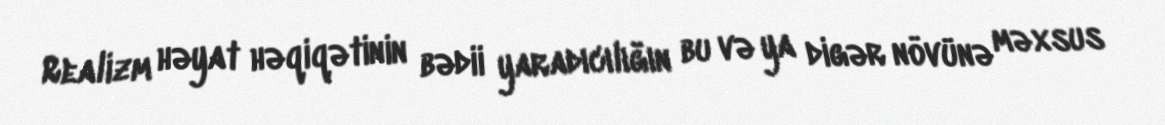
Realizm həyat həqiqətinin bədii yaradıcılığın bu və ya digər növünə məxsus